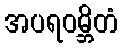
အပရဝမ္ဘိတံ